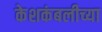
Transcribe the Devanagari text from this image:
केशकंबलीच्या